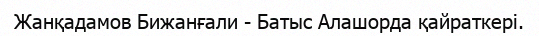
Жанқадамов Бижанғали - Батыс Алашорда қайраткері.